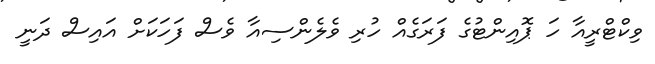
ވިކްޓްރީއާ ހަ ޕޮއިންޓުގެ ފަރަގެއް ހުރި ވެލެންސިއާ ވެސް ފަހަކަށް އައިސް ދަނީ